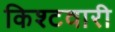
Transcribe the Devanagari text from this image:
किश्टवारी